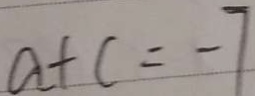
a + c = - 7